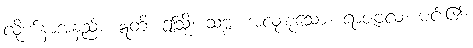
လိုက်နာအံ့နည်း။ ဣတိ၊ ဤသို့။ သဗ္ဗံ၊ အလုံးစုံသော။ ရာဇဗလံ၊ မင်း၏။